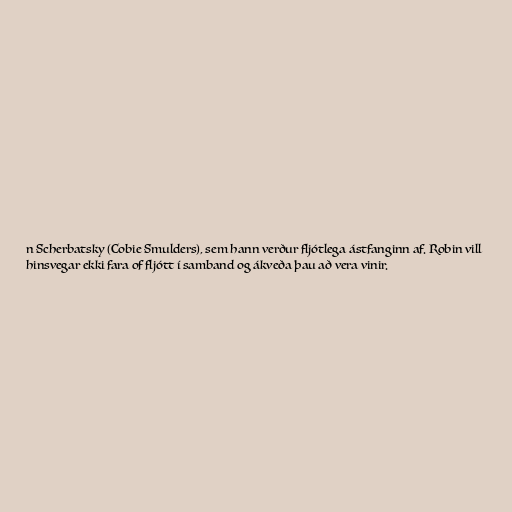
n Scherbatsky (Cobie Smulders), sem hann verður fljótlega ástfanginn af. Robin vill
hinsvegar ekki fara of fljótt í samband og ákveða þau að vera vinir.